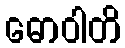
ဓောဝါတိ